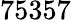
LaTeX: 75357